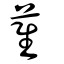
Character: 萑